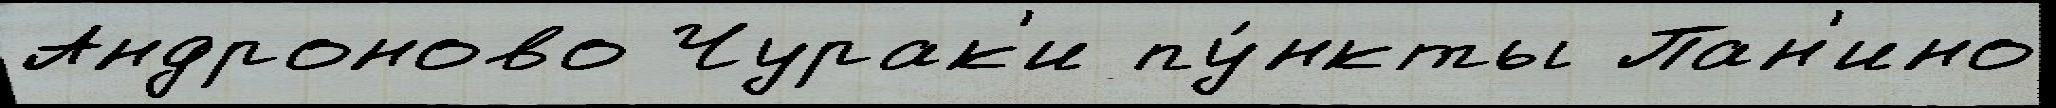
Андроново Чурак'и пу́нкты Пан'ино